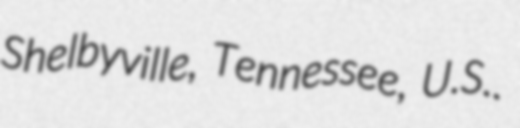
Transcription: Shelbyville, Tennessee, U.S..